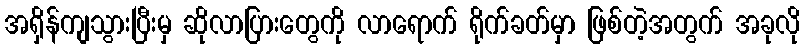
အရှိန်ကျသွားပြီးမှ ဆိုလာပြားတွေကို လာရောက် ရိုက်ခတ်မှာ ဖြစ်တဲ့အတွက် အခုလို